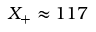
X _ { + } \approx 1 1 7